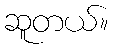
ဆူတယ်။